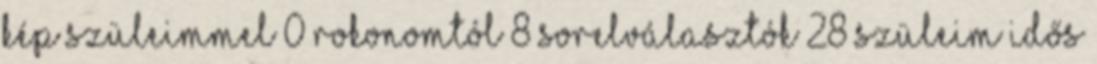
kép szüleimmel 0 rokonomtól 8 sorelválasztók 28 szüleim idős